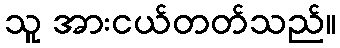
သူ အားငယ်တတ်သည်။